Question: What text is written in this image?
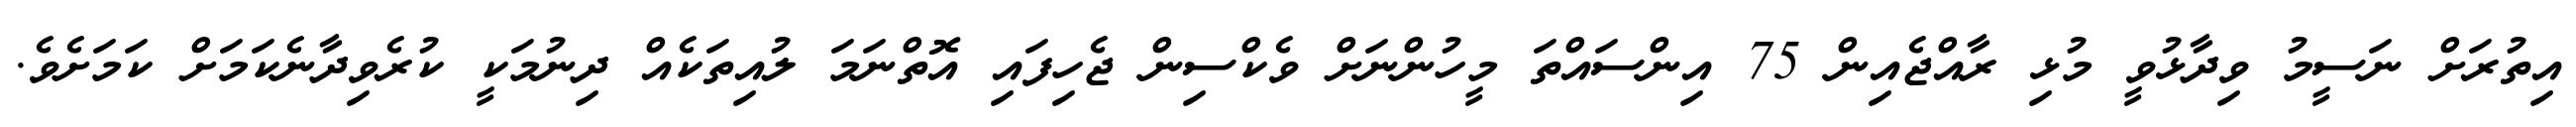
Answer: އިތުރަށް ނަސީމު ވިދާޅުވީ މުޅި ރާއްޖެއިން 75 އިންސައްތަ މީހުންނަށް ވެކްސިން ޖެހިފައި އޮތްނަމަ ލުއިތަކެއް ދިނުމަކީ ކުރެވިދާނެކަމަށް ކަމަށެވެ.